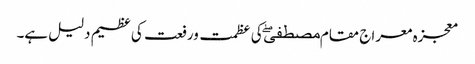
معجزہ معراج مقام مصطفیۖ کی عظمت ورفعت کی عظیم دلیل ہے۔